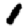
Digit: 1